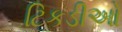
ટિકડીઓ